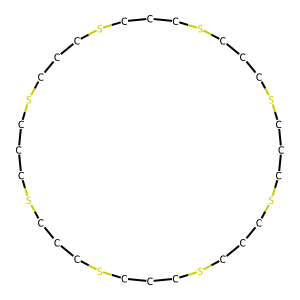
SMILES: C1CSCCCSCCCSCCCSCCCSCCCSCCCSCCCSC1
Inhibits HIV replication: No